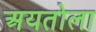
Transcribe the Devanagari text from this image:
अयतोला